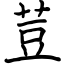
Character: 荳